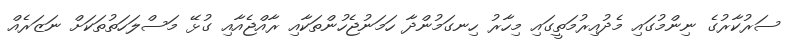
ސަރުކާރުގެ ނިންމުގައި މެދުއިރުމަތީގައި މިހާރު ހިނގަމުންދާ ހަމަނުޖެހުންތަކާއި ރާއްޖެއާއި ގުޅޭ މަސްލަހަތުތަކަށް ނަޒަރެއް